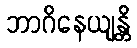
ဘာဂိနေယျန္တိ